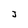
Character: J